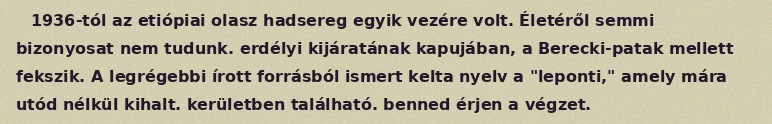
1936-tól az etiópiai olasz hadsereg egyik vezére volt. Életéről semmi bizonyosat nem tudunk. erdélyi kijáratának kapujában, a Berecki-patak mellett fekszik. A legrégebbi írott forrásból ismert kelta nyelv a "leponti," amely mára utód nélkül kihalt. kerületben található. benned érjen a végzet.